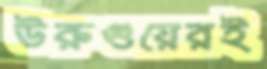
উরুগুয়েরই